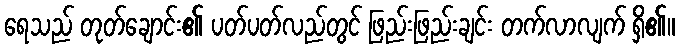
ရေသည် တုတ်ချောင်း၏ ပတ်ပတ်လည်တွင် ဖြည်းဖြည်းချင်း တက်လာလျက် ရှိ၏။